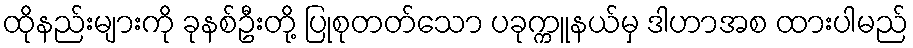
ထိုနည်းများကို ခုနစ်ဦးတို့ ပြုစုတတ်သော ပခုက္ကူနယ်မှ ဒါဟာအစ ထားပါမည်